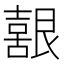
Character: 𮎚